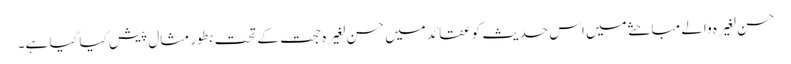
حسن لغیرہ والے مباحثے میں اس حدیث کو عقائد میں حسن لغیرہ حجت کے تحت بطور مثال پیش کیا گیا ہے۔